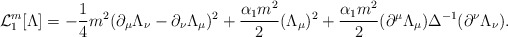
\begin{align*}{\cal L}_1^m{}[\Lambda] = - {1 \over 4}m^2 (\partial_\mu \Lambda_\nu - \partial_\nu \Lambda_\mu)^2+ {\alpha_1 m^2 \over 2}(\Lambda_\mu)^2+ {\alpha_1 m^2 \over 2}(\partial^\mu \Lambda_\mu)\Delta^{-1}(\partial^\nu \Lambda_\nu) .\end{align*}